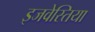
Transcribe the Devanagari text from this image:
इजवेस्तिया